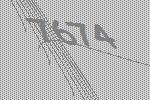
7674